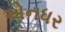
એનધર